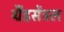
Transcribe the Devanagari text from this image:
ग्रैंडसेंट्रल